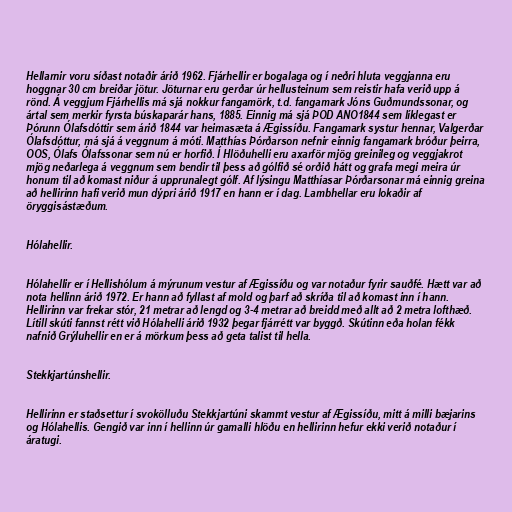
Hellarnir voru síðast notaðir árið 1962. Fjárhellir er bogalaga og í neðri hluta veggjanna eru
hoggnar 30 cm breiðar jötur. Jöturnar eru gerðar úr hellusteinum sem reistir hafa verið upp á
rönd. Á veggjum Fjárhellis má sjá nokkur fangamörk, t.d. fangamark Jóns Guðmundssonar, og
ártal sem merkir fyrsta búskaparár hans, 1885. Einnig má sjá ÞOD ANO1844 sem líklegast er
Þórunn Ólafsdóttir sem árið 1844 var heimasæta á Ægissíðu. Fangamark systur hennar, Valgerðar
Ólafsdóttur, má sjá á veggnum á móti. Matthías Þórðarson nefnir einnig fangamark bróður þeirra,
OOS, Ólafs Ólafssonar sem nú er horfið. Í Hlöðuhelli eru axarför mjög greinileg og veggjakrot
mjög neðarlega á veggnum sem bendir til þess að gólfið sé orðið hátt og grafa megi meira úr
honum til að komast niður á upprunalegt gólf. Af lýsingu Matthíasar Þórðarsonar má einnig greina
að hellirinn hafi verið mun dýpri árið 1917 en hann er í dag. Lambhellar eru lokaðir af
öryggisástæðum.

Hólahellir.

Hólahellir er í Hellishólum á mýrunum vestur af Ægissíðu og var notaður fyrir sauðfé. Hætt var að
nota hellinn árið 1972. Er hann að fyllast af mold og þarf að skríða til að komast inn í hann.
Hellirinn var frekar stór, 21 metrar að lengd og 3-4 metrar að breidd með allt að 2 metra lofthæð.
Lítill skúti fannst rétt við Hólahelli árið 1932 þegar fjárrétt var byggð. Skútinn eða holan fékk
nafnið Grýluhellir en er á mörkum þess að geta talist til hella.

Stekkjartúnshellir.

Hellirinn er staðsettur í svokölluðu Stekkjartúni skammt vestur af Ægissíðu, mitt á milli bæjarins
og Hólahellis. Gengið var inn í hellinn úr gamalli hlöðu en hellirinn hefur ekki verið notaður í
áratugi.